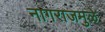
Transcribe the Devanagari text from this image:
नागराजमुळे